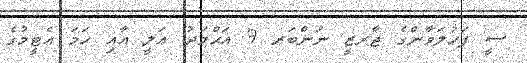
ސީ ފަހުލަވާންގެ ޖާރޒީ ނަންބަރ 9 އަޙްމަދު ޢަލީ އާއި ހަމަ އެޓީމުގެ